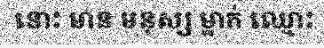
នោះ មាន មនុស្ស ម្នាក់ ឈ្មោះ